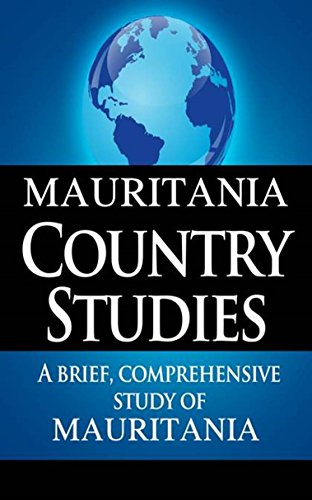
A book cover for MAURITANIA Country Studies: A brief, comprehensive study of Mauritania; CIA; Travel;